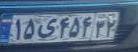
۱۵ی۴۵۴۳۲